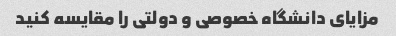
مزایای دانشگاه خصوصی و دولتی را مقایسه کنید